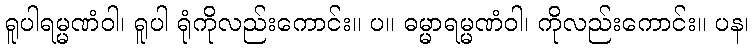
ရူပါရမ္မဏံဝါ၊ ရူပါ ရုံကိုလည်းကောင်း။ ပ။ ဓမ္မာရမ္မဏံဝါ၊ ကိုလည်းကောင်း။ ပန၊